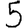
Digit: 5